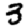
Digit: 3